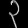
Digit: ၃